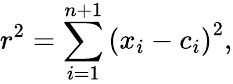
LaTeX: r^{2}=\sum_{i=1}^{n+1}\left(x_{i}-c_{i}\right)^{2},